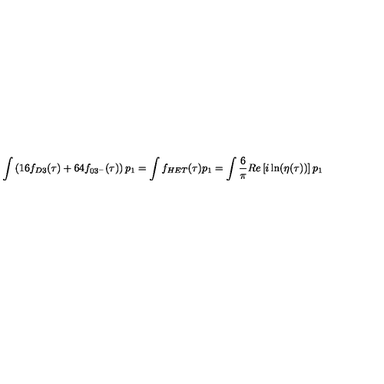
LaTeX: \int \left( 1 6 f _ { D 3 } ( \tau ) + 6 4 f _ { 0 3 ^ { - } } ( \tau ) \right) p _ { 1 } = \int f _ { H E T } ( \tau ) p _ { 1 } = \int \frac { 6 } { \pi } R e \left[ i \ln ( \eta ( \tau ) ) \right] p _ { 1 }